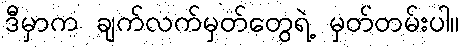
ဒီမှာက ချက်လက်မှတ်တွေရဲ့ မှတ်တမ်းပါ။